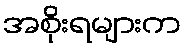
အစိုးရများက